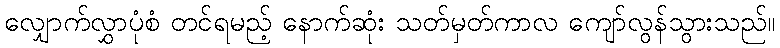
လျှောက်လွှာပုံစံ တင်ရမည့် နောက်ဆုံး သတ်မှတ်ကာလ ကျော်လွန်သွားသည်။